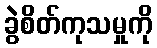
ခွဲစိတ်ကုသမှုကို